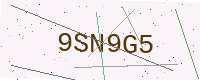
Text: 9SN9G5